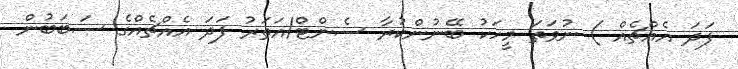
ފަދަ އެއްޗެއް ) ނުވަތަ މީހަކު ބޭނުންކުރާ ސެންޓް/އަަތަރު ފަދަ އެއްޗެއްގެ ސަބަބުން